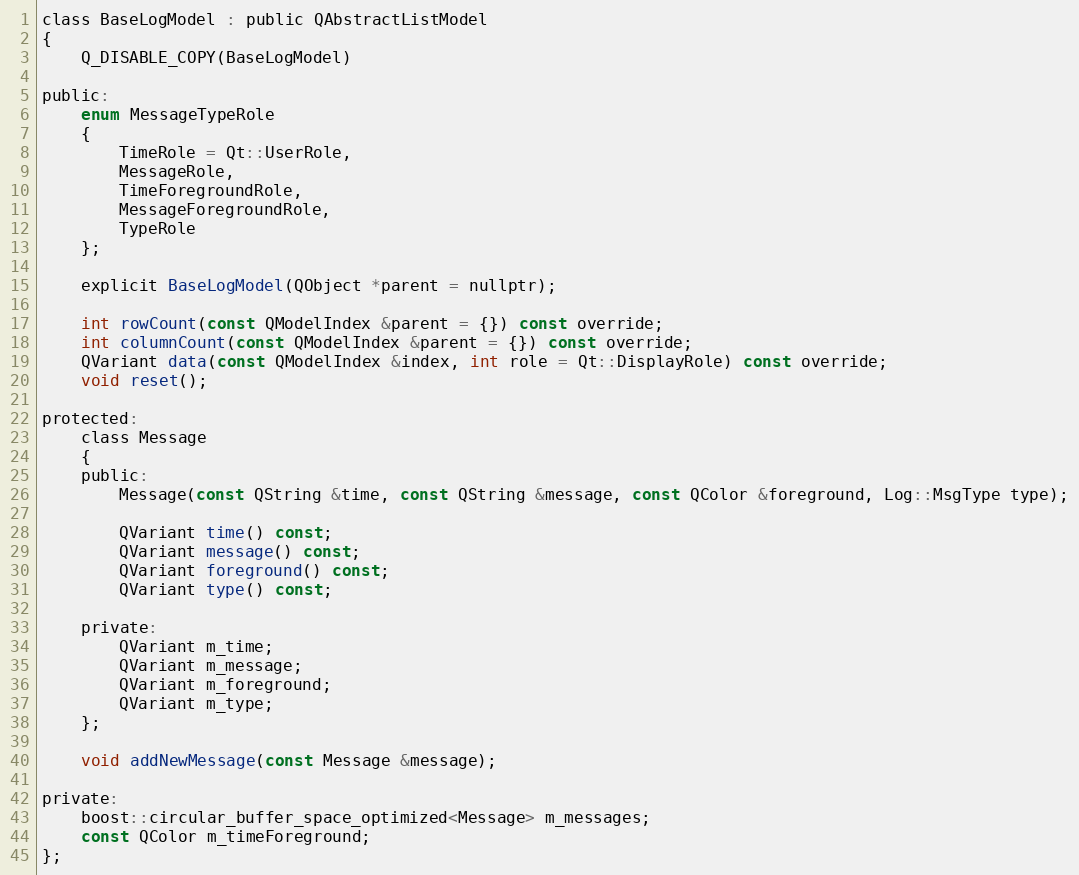
Language: C
class BaseLogModel : public QAbstractListModel
{
    Q_DISABLE_COPY(BaseLogModel)

public:
    enum MessageTypeRole
    {
        TimeRole = Qt::UserRole,
        MessageRole,
        TimeForegroundRole,
        MessageForegroundRole,
        TypeRole
    };

    explicit BaseLogModel(QObject *parent = nullptr);

    int rowCount(const QModelIndex &parent = {}) const override;
    int columnCount(const QModelIndex &parent = {}) const override;
    QVariant data(const QModelIndex &index, int role = Qt::DisplayRole) const override;
    void reset();

protected:
    class Message
    {
    public:
        Message(const QString &time, const QString &message, const QColor &foreground, Log::MsgType type);

        QVariant time() const;
        QVariant message() const;
        QVariant foreground() const;
        QVariant type() const;

    private:
        QVariant m_time;
        QVariant m_message;
        QVariant m_foreground;
        QVariant m_type;
    };

    void addNewMessage(const Message &message);

private:
    boost::circular_buffer_space_optimized<Message> m_messages;
    const QColor m_timeForeground;
};